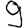
Digit: 9